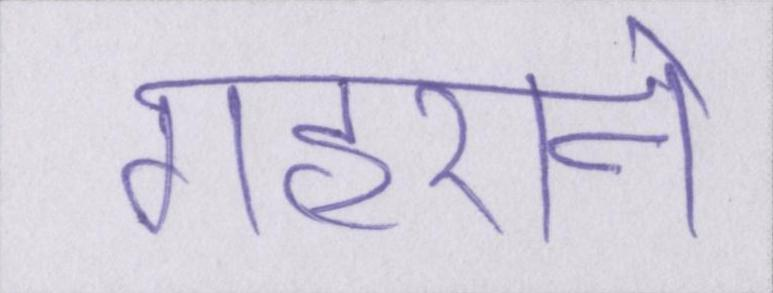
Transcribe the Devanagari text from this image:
गहराने